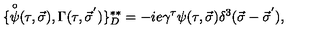
\{ { \frac { \buildrel \circ } { \psi } } ( \tau , \vec { \sigma } ) , \Gamma ( \tau , { \vec { \sigma } } ^ { ' } ) \} _ { D } ^ { * * } = - i e \gamma ^ { \tau } \psi ( \tau , \vec { \sigma } ) \delta ^ { 3 } ( \vec { \sigma } - { \vec { \sigma } } ^ { ' } ) ,